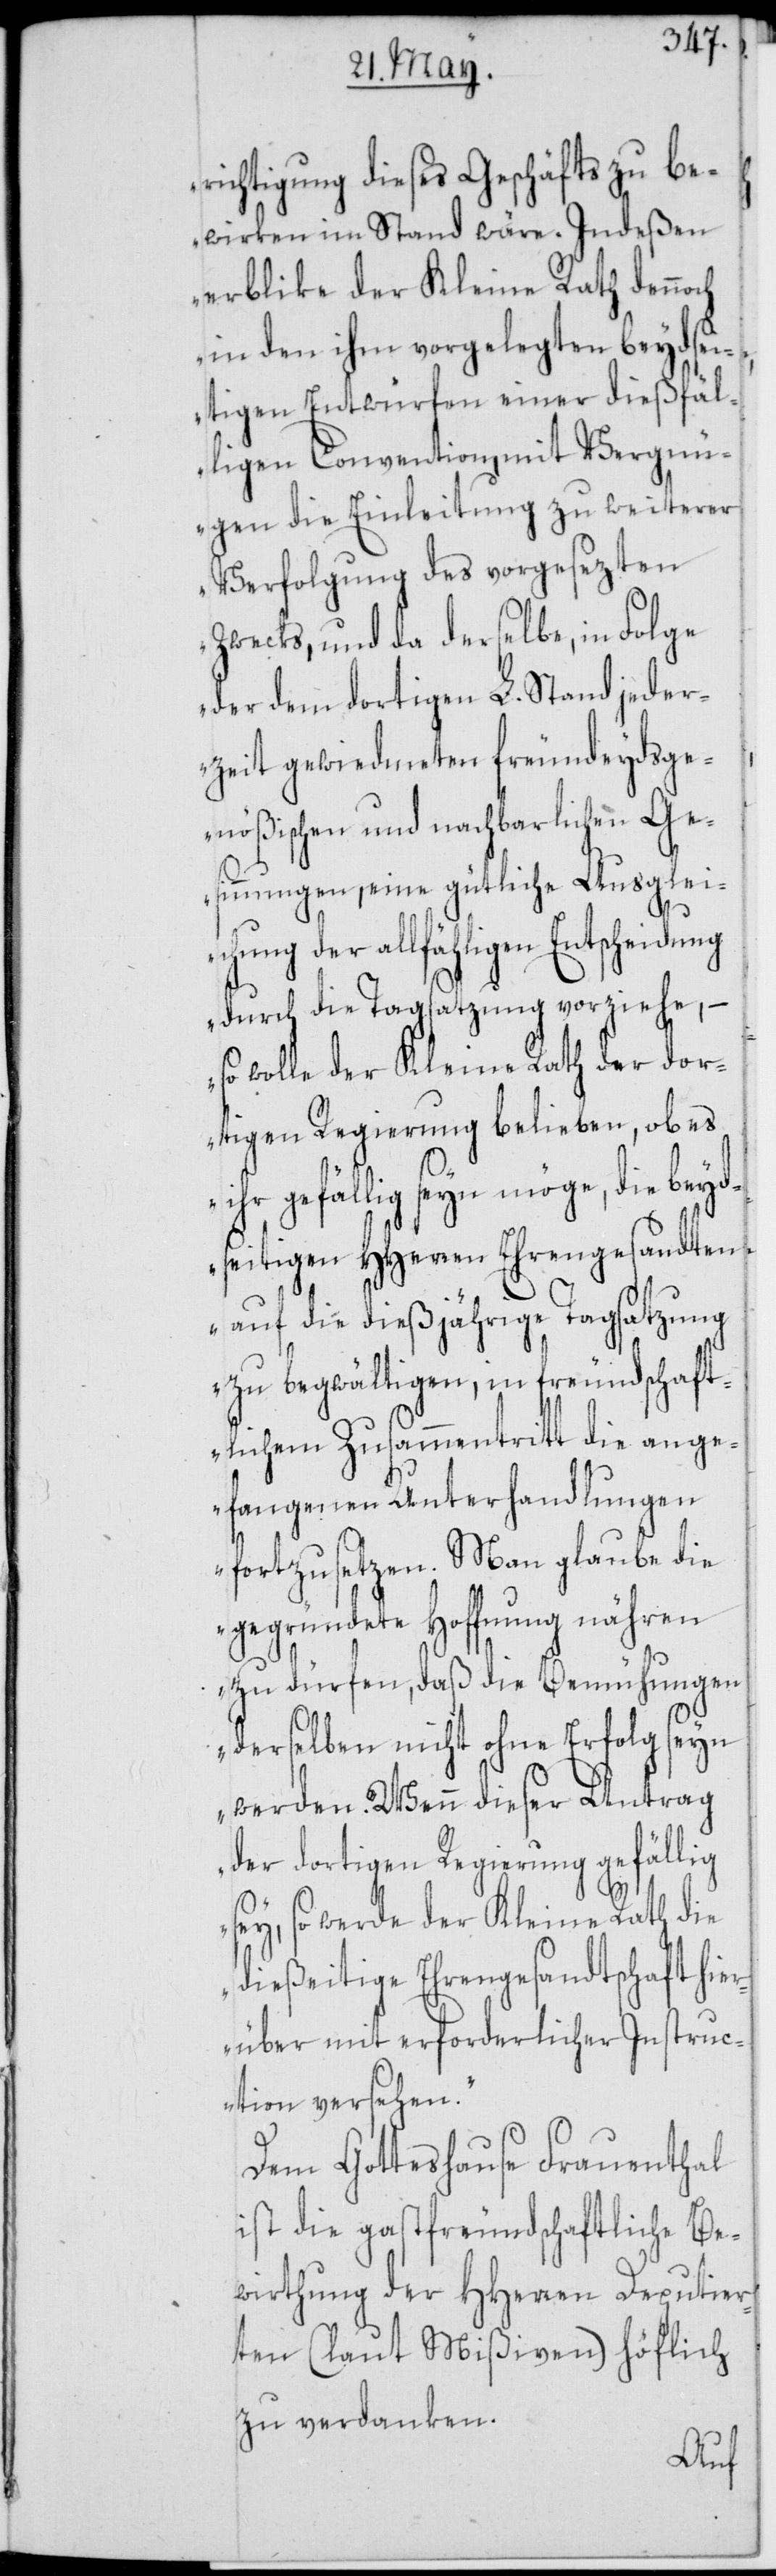
richtigung dieses Geschäfts zu be¬
wirken im Stand wäre. Indeßen
erblike der Kleine Rath dennoch
in den ihm vorgelegten beydse¬
itigen Entwürfen einer dießfäl¬
ligen Convention, mit Vergn¬
ügen die Einleitung zu weiterer
Verfolgung des vorgesezten
Zwecks, und da derselbe, in Folge
der dem dortigen L. Stand jeder¬
zeit gewiedmeten freundeydsge¬
nößischen und nachbarlichen Ge¬
sinnungen, eine gütliche Ausglei¬
chung der allfähligen Entscheidung
durch die Tagsatzung vorziehe, –
so wolle der Kleine Rath der dor¬
tigen Regierung belieben, ob es
ihr gefällig seyn möge, die beyd¬
seitigen HHerren Ehrengesandten
auf die dießjährige Tagsatzung
zu begwältigen, in freundschaft¬
lichem Zusammentritt die ange¬
fangenen Unterhandlungen
fortzusetzen. Man glaube die
gegründete Hoffnung nähren
zu dürfen, daß die Bemühungen
derselben nicht ohne Erfolg seyn
werden. Wenn dieser Antrag
der dortigen Regierung gefällig
sey, so werde der Kleine Rath die
dießeitige Ehrengesandtschaft hi¬
erüber mit erforderlicher Instruc¬
tion versehen.“
Dem Gotteshause Frauenthal
ist die gastfreundschaftliche Be¬
wirthung der HHerren Deputier¬
ten (laut Mißiven) höflich
zu verdanken.